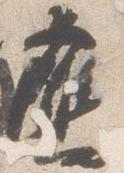
応